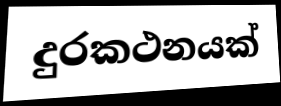
දුරකථනයක්